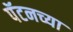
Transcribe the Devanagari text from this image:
पॅटनच्या